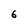
Character: 6